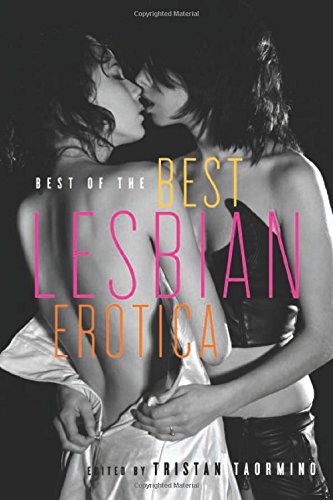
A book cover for Best of the Best Lesbian Erotica; Romance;